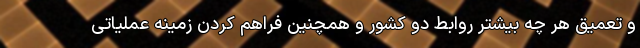
و تعمیق هر چه بیشتر روابط دو کشور و همچنین فراهم کردن زمینه عملیاتی